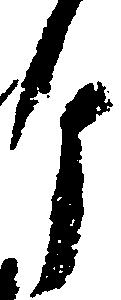
ヶ